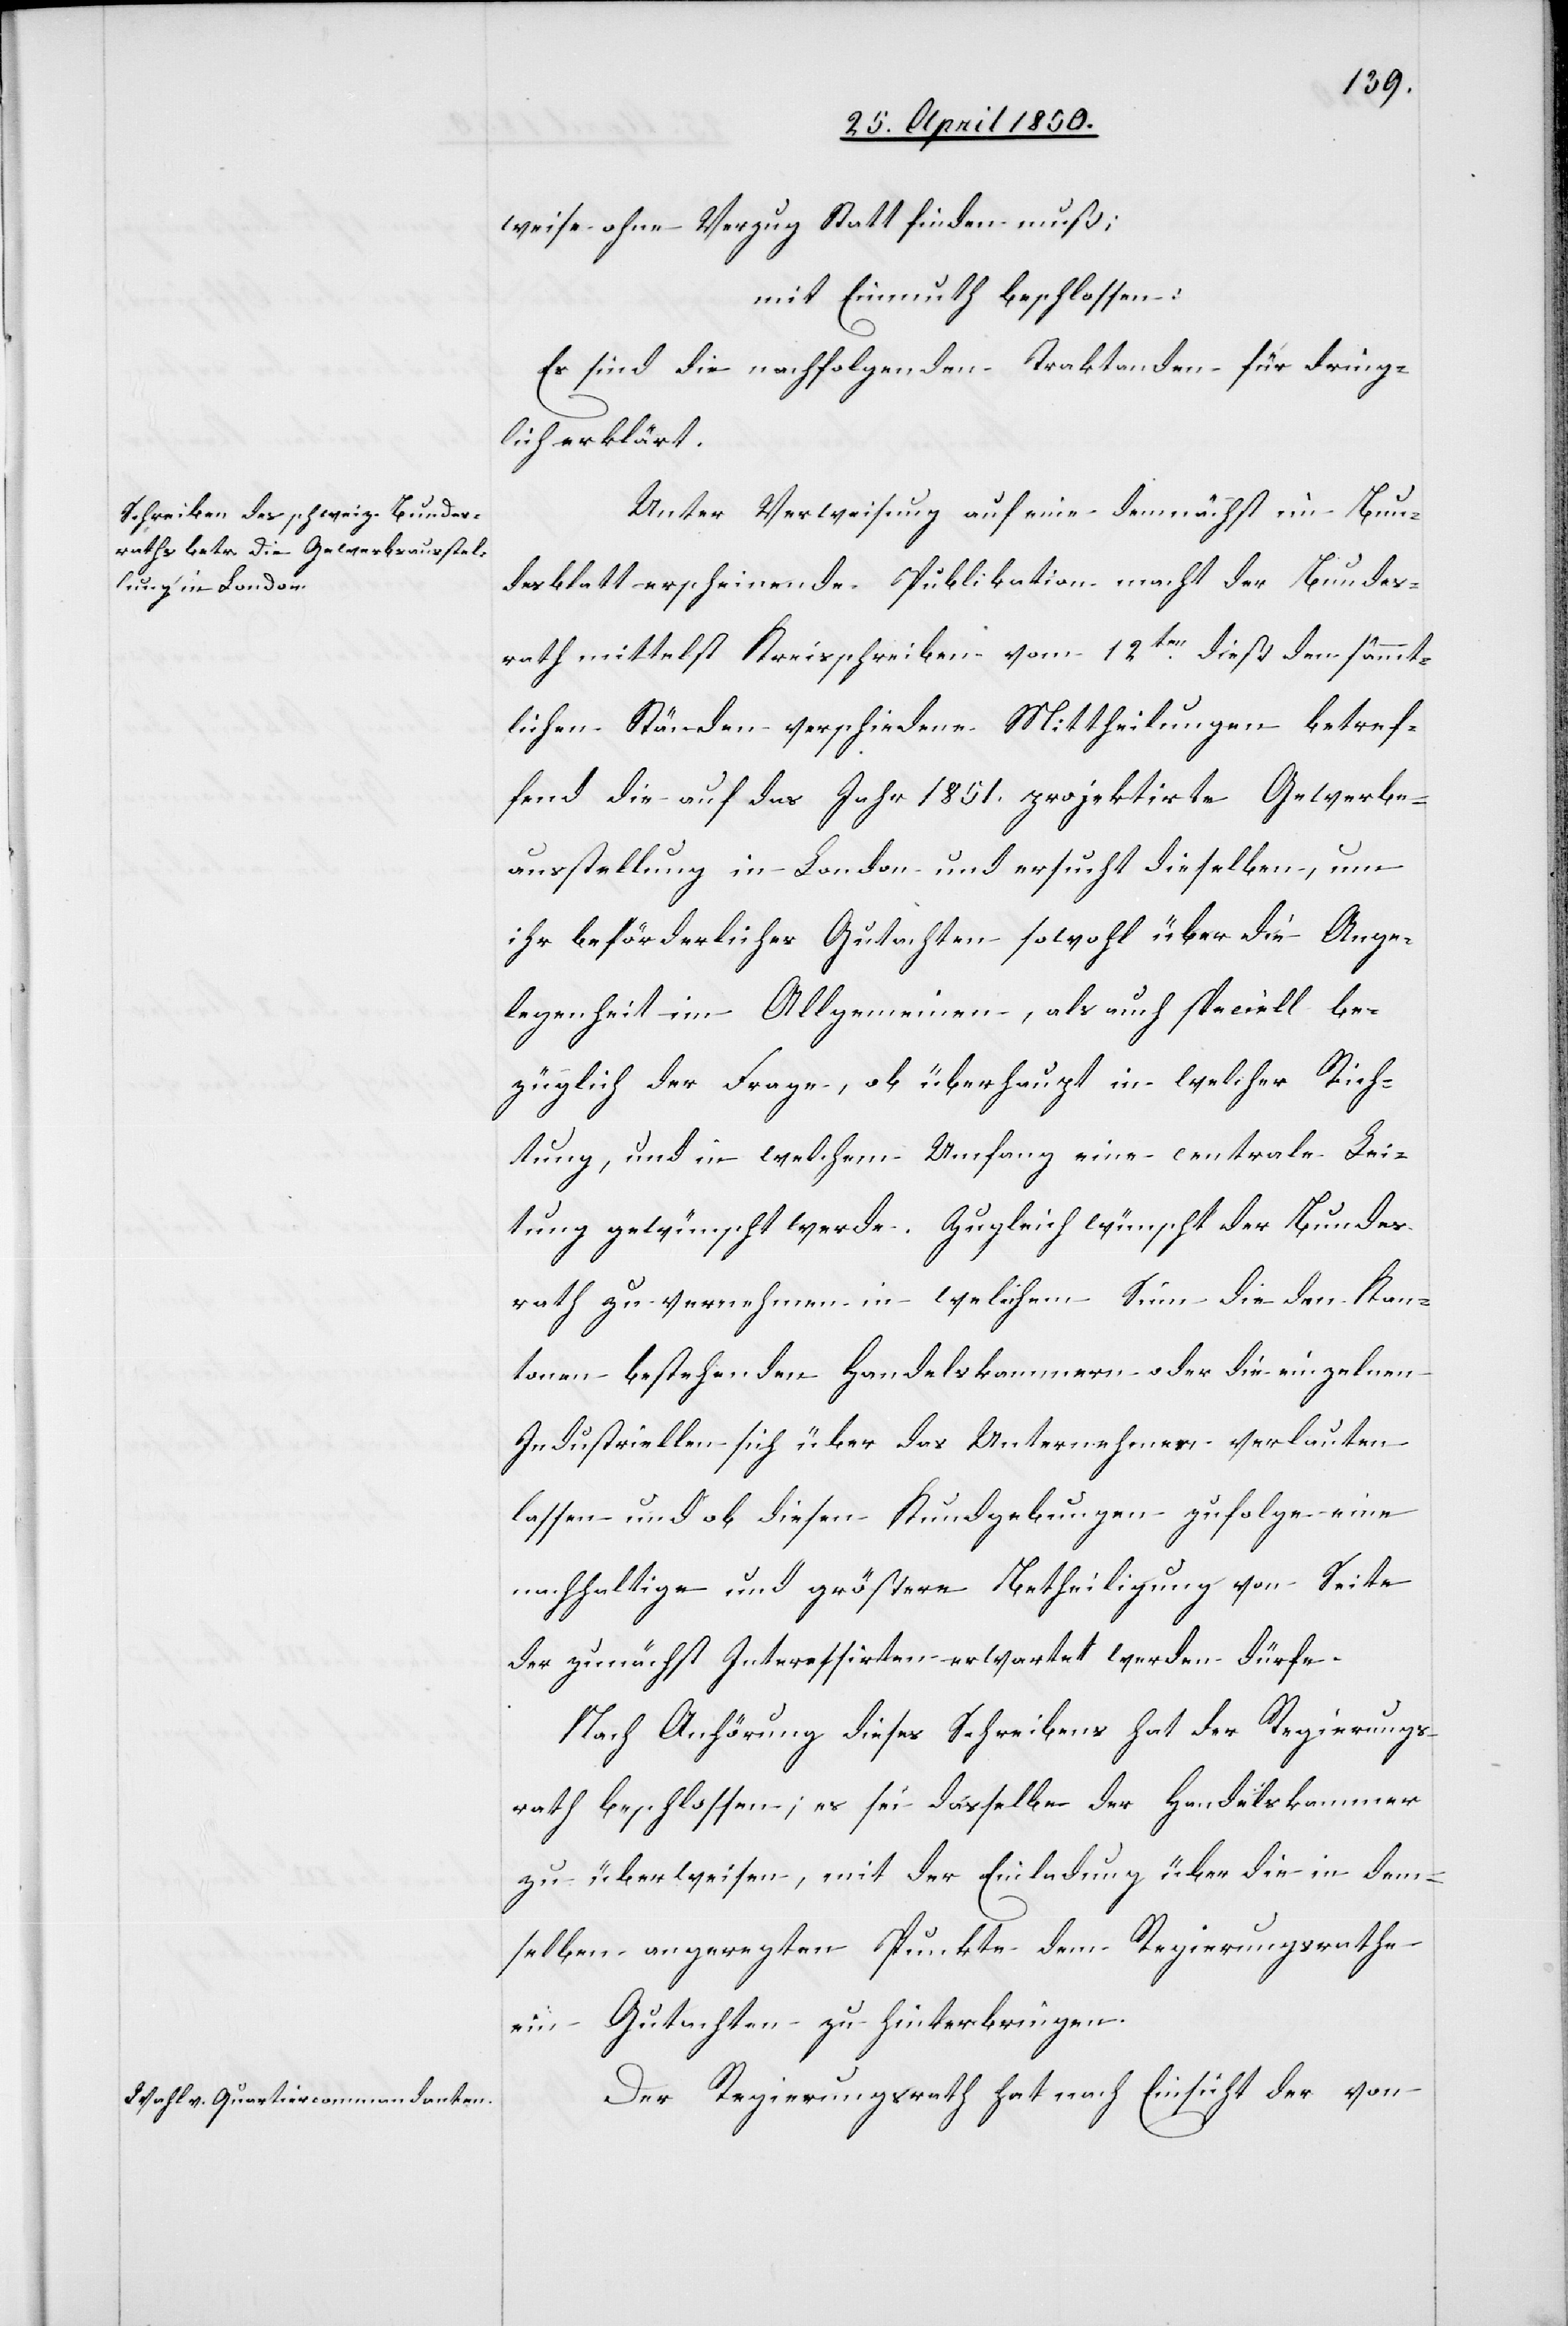
weise ohne Verzug Statt finden muß;
mit Einmuth beschlossen:
Es sind die nachfolgenden Traktanden für dring¬
lich erklärt.
Unter Verweisung auf eine demnächst im Bun¬
desblatt erscheinende Publikation macht der Bundes¬
rath mittelst Kreisschreiben vom 12ten dieß den sämmt¬
lichen Ständen verschiedene Mittheilungen betref¬
fend die auf das Jahr 1851. projektirte Gewerbe¬
ausstellung in London und ersucht dieselben, um
ihr beförderliches Gutachten sowohl über die Ange¬
legenheit im Allgemeinen, als auch speciell be¬
züglich der Frage, ob überhaupt in welcher Rich¬
tung, und in welchem Umfang eine centrale Lei¬
tung gewünscht werde. Zugleich wünscht der Bundes¬
rath zu vernehmen in welchem Sinn die [in] den
Kantonen bestehenden Handelskammern oder die einzelnen
Industriellen sich über das Unternehmen verlauten
lassen und ob diesen Kundgebungen zufolge eine
nachhaltige und größere Betheiligung von Seite
der zunächst Interessirten erwartet werden dürfe.
Nach Anhörung dieses Schreibens hat der Regierungs¬
rath beschlossen; es sei dasselbe der Handelskammer
zu überweisen, mit der Einladung über die in dem¬
selben angeregten Punkte dem Regierungsrathe
ein Gutachten zu hinterbringen.
Der Regierungsrath hat nach Einsicht der von